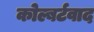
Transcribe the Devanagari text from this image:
कोल्बर्टवाद